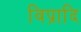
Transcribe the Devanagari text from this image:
विप्रादि